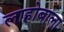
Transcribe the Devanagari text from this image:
लाहोबाला